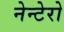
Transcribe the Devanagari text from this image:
नेन्टेरो